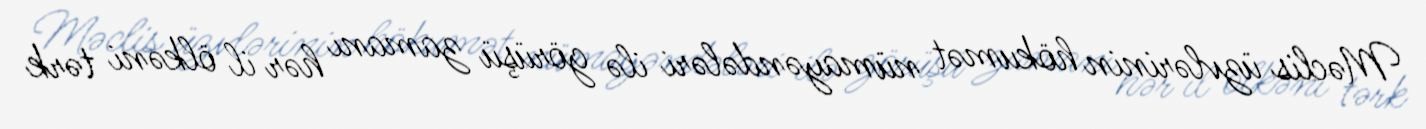
Məclis üzvlərinin hökumət nümayəndələri ilə görüşü zamanı hər il ölkəni tərk